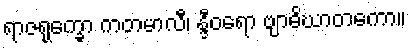
ရာဇရုက္ခော ကတမာလီ၊ န္ဒီဝရော ဗျာဓိဃာတကော။